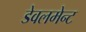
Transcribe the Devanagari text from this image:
डेवलमेन्ट